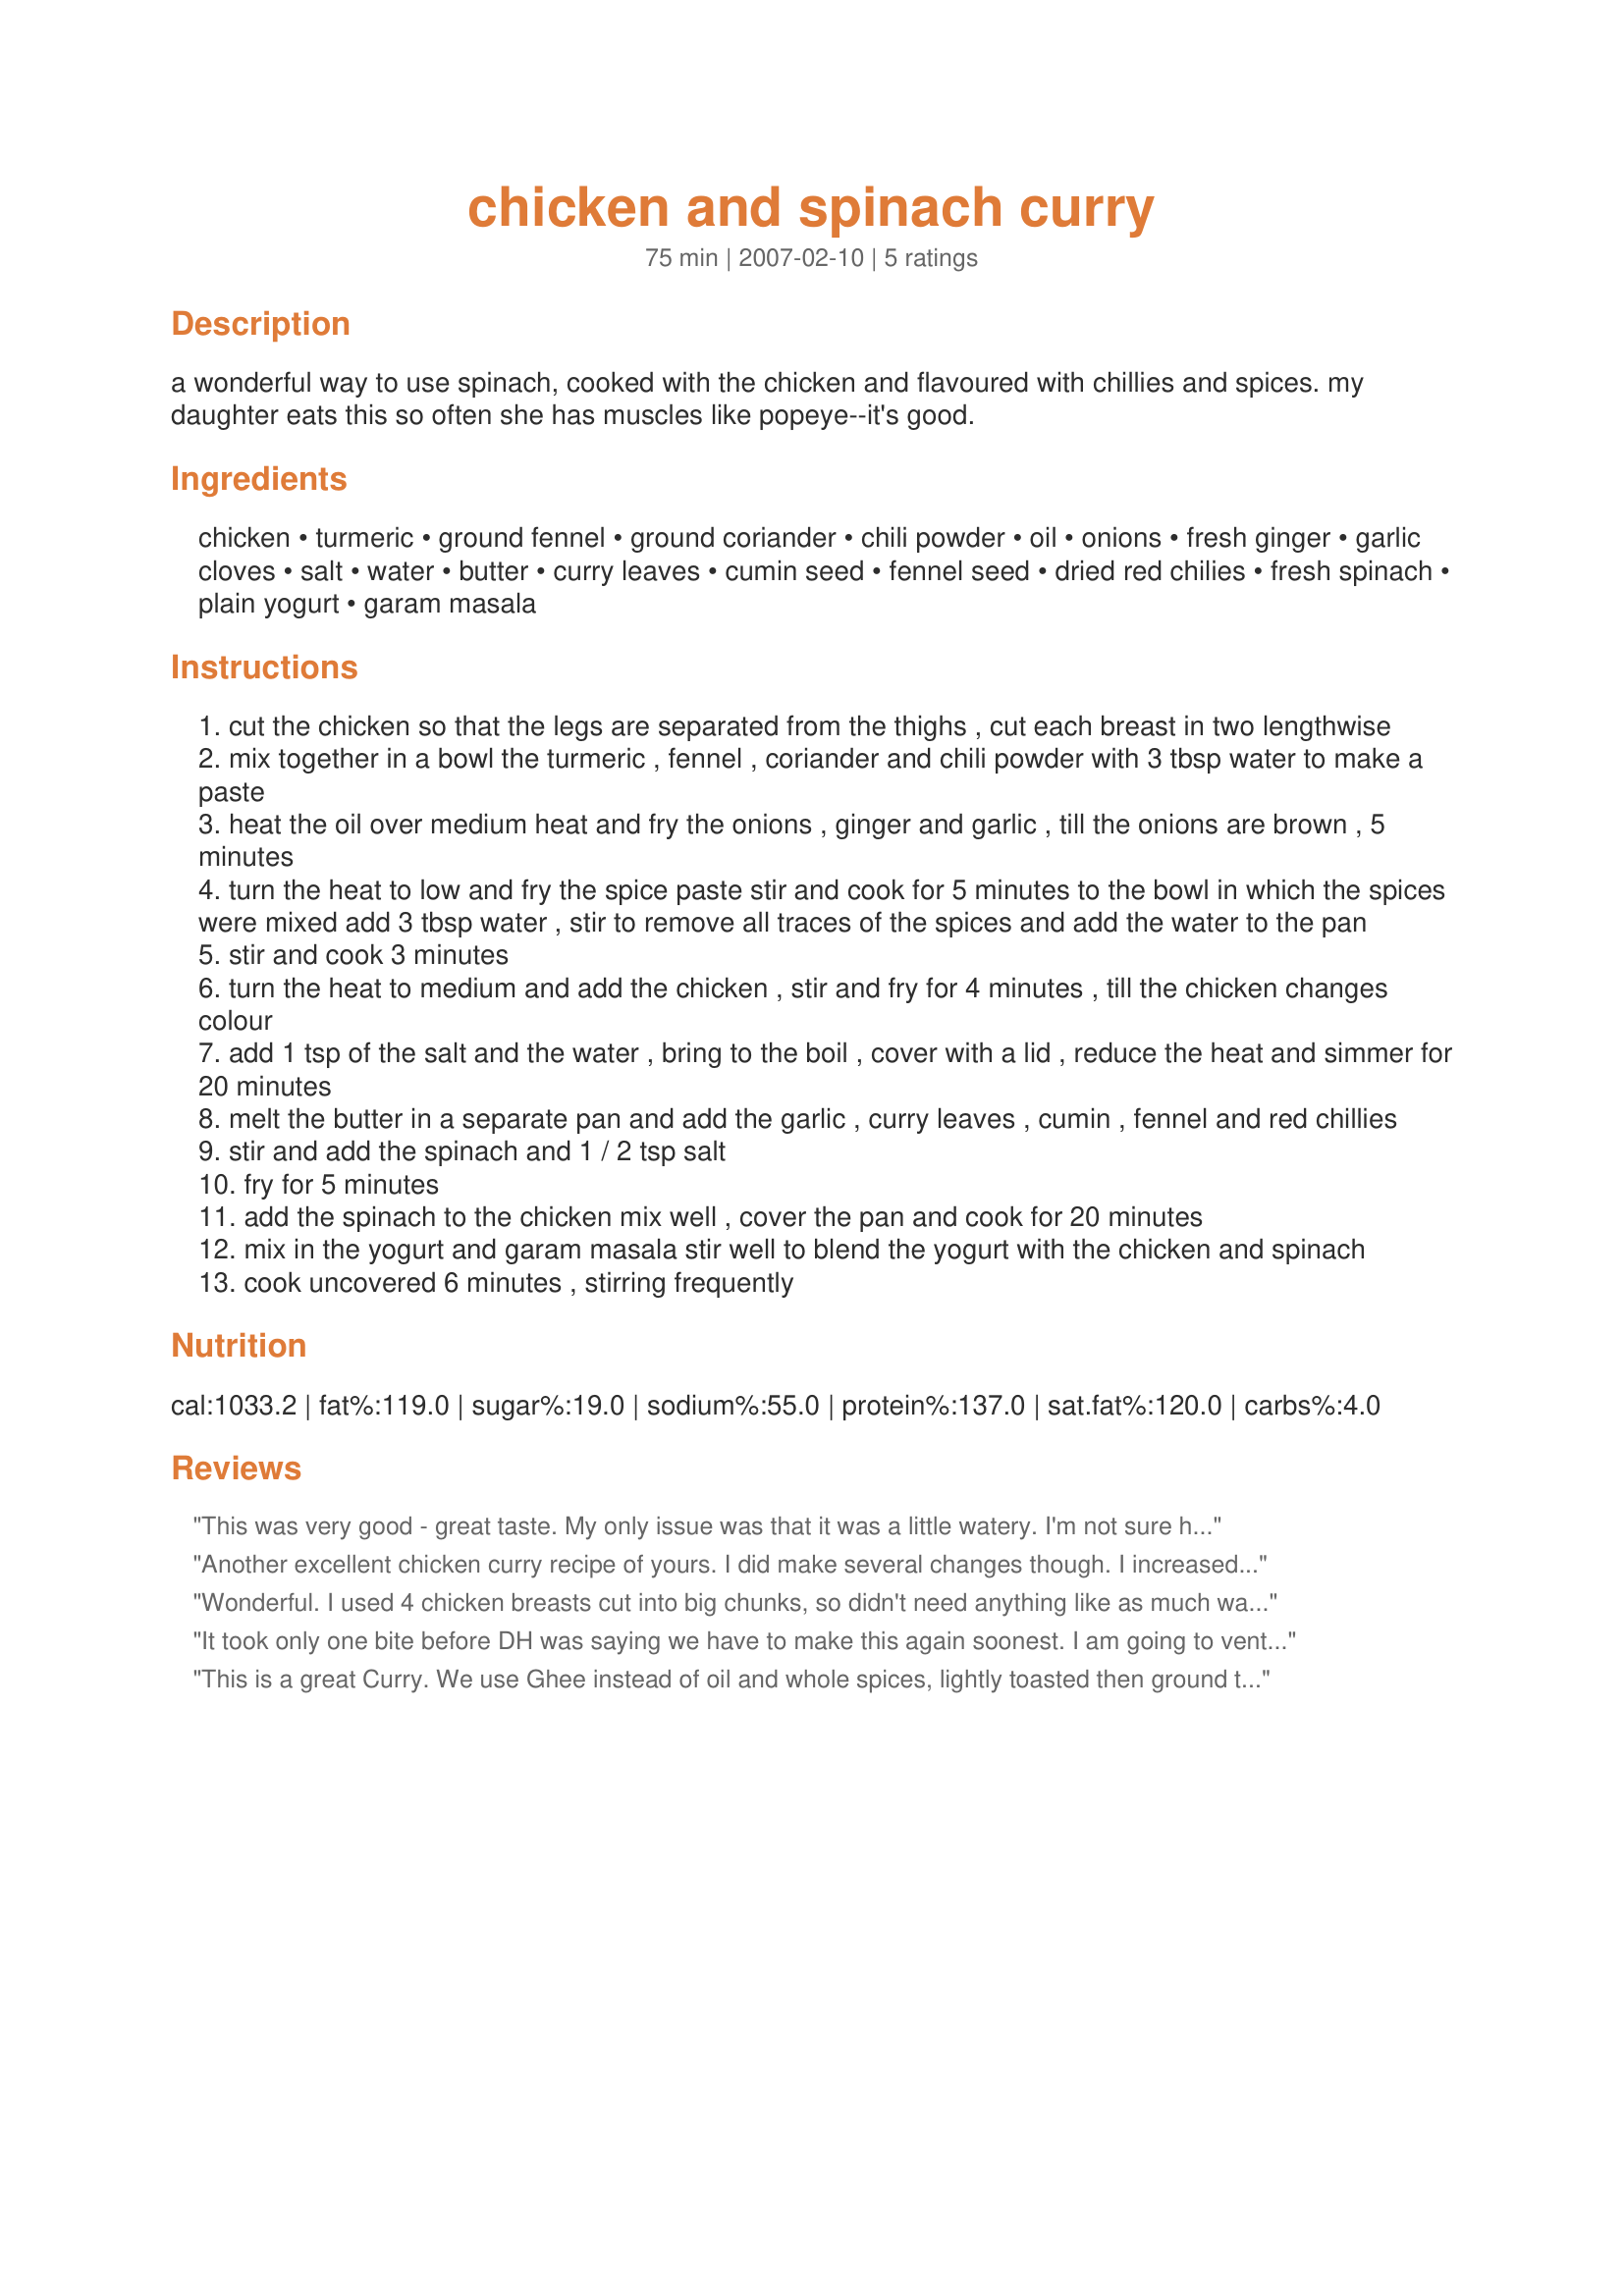
chicken and spinach curry
Preparation time: 75 minutes

a wonderful way to use spinach, cooked with the chicken and flavoured with chillies and spices. my daughter eats this so often she has muscles like popeye--it's good.

Ingredients:
chicken, turmeric, ground fennel, ground coriander, chili powder, oil, onions, fresh ginger, garlic cloves, salt, water, butter, curry leaves, cumin seed, fennel seed, dried red chilies, fresh spinach, plain yogurt, garam masala

Steps:
cut the chicken so that the legs are separated from the thighs , cut each breast in two lengthwise
mix together in a bowl the turmeric , fennel , coriander and chili powder with 3 tbsp water to make a paste
heat the oil over medium heat and fry the onions , ginger and garlic , till the onions are brown , 5 minutes
turn the heat to low and fry the spice paste stir and cook for 5 minutes to the bowl in which the spices were mixed add 3 tbsp water , stir to remove all traces of the spices and add the water to the pan
stir and cook 3 minutes
turn the heat to medium and add the chicken , stir and fry for 4 minutes , till the chicken changes colour
add 1 tsp of the salt and the water , bring to the boil , cover with a lid , reduce the heat and simmer for 20 minutes
melt the butter in a separate pan and add the garlic , curry leaves , cumin , fennel and red chillies
stir and add the spinach and 1 / 2 tsp salt
fry for 5 minutes
add the spinach to the chicken mix well , cover the pan and cook for 20 minutes
mix in the yogurt and garam masala stir well to blend the yogurt with the chicken and spinach
cook uncovered 6 minutes , stirring frequently

Reviews:
This was very good - great taste. My only issue was that it was a little watery. I'm not sure how I could thicken it. I added another tablespoon of yogurt but it didn't help too much. Thanks for the recipe!
Another excellent chicken curry recipe of yours. I did make several changes though. I increased the ground coriander to 1 Table, increased the chili powder to 1 tsp. and did not add the 1/2 tsp. fennel seeds as I don't like a very strong fennel flavor. I deboned the chicken after the curry had cooled down and then added sour cream at the end, since I didn't have yogurt. I think that this curry is also very good without the dairy and I might eliminate it next time.
Wonderful. I used 4 chicken breasts cut into big chunks, so didn't need anything like as much water as recipe said, just enough to make paste, and a smidge more once chicken was in. Spinach is watery anyway, so I didn't add any more at all, or cook as long as stated. I too increased ground coriander to 1 tablespoon, and was a bit sparing with the fennel. Really tasty !
It took only one bite before DH was saying we have to make this again soonest. I am going to venture to say, this is probably our favorite recipe of yours to date. I might change my mind, but it is definitely DH's favorite. First, my changes: Had to use chicken breast, and a little less than the amount called for, and didn't have ground fennel or the inclination to make it at the time. Everything else was just as called for. I think the #1 reason this is a keeper is because it is one of the very few recipes in which chicken breast is not too dry or boring. Having said that, this weekend when we make it, we will surely be using jointed chicken. I cannot imagine (and DH is swooning at the thought) how much this will add to the flavor. It's already 5-star. I loved the process of doing the spinach separate. The smell of the butter/spices/spinach is heaven. I was tempted to skip the yogurt as another reviewer had said it wasn't necessary, but I am SO glad I added it. It just took it to another level. Ok, my stomach is growling, and my lunch isn't nearly as appetizing as last night's dinner was. :) Thanks again, BrianH!!!
This is a great Curry.
We use Ghee instead of oil and whole spices, lightly toasted then ground to give it a more authentic flavor.
Chicken stock can replace the water if you have any and fresh Spinach also makes a difference.
Anyway you like, it's still a great Curry!
